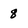
Character: 8